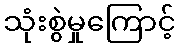
သုံးစွဲမှုကြောင့်